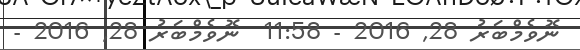
ނޮވެމްބަރު 28